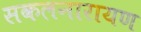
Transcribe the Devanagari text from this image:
सकलनारायण